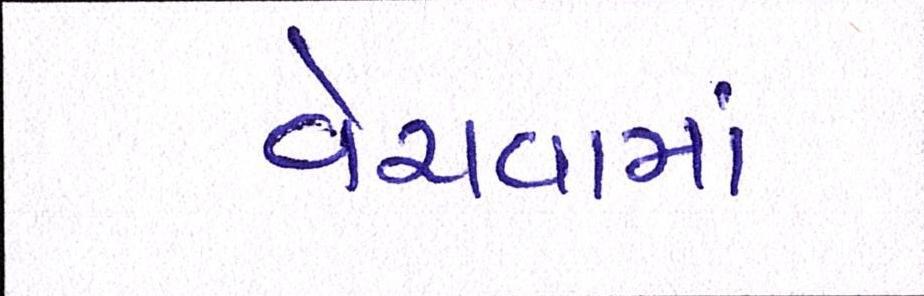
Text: વેચવામાં